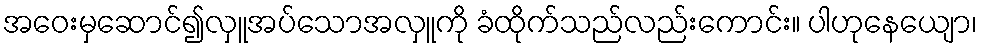
အဝေးမှဆောင်၍လှူအပ်သောအလှူကို ခံထိုက်သည်လည်းကောင်း။ ပါဟုနေယျော၊